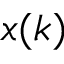
x ( k )